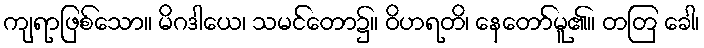
ကျရာဖြစ်သော။ မိဂဒါယေ၊ သမင်တော၌။ ဝိဟရတိ၊ နေတော်မူ၏။ တတြ ခေါ၊